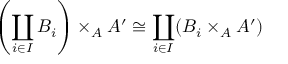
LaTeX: \left( \coprod _ { i \in I } B _ { i } \right) \times _ { A } A ^ { \prime } \cong \coprod _ { i \in I } ( B _ { i } \times _ { A } A ^ { \prime } )